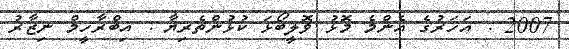
2007 : އަހަރުގެ އެންމެ މޮޅު ވޮލީބޯޅަ ކުޅުންތެރިޔާ : އިބްރާހީމް ނިޒާރު